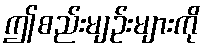
ဤစည်းမျဉ်းများကို